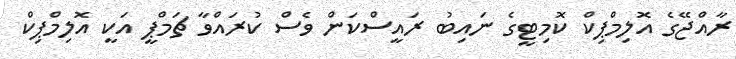
ރާއްޖޭގެ އޮލިމްޕިކް ކޮމިޓީގެ ނައިބު ރައީސްކަން ވެސް ކުރައްވާ ޗަމްޕީ އަކީ އޮލިމްޕިކް